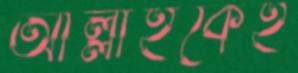
আল্লাহকেই